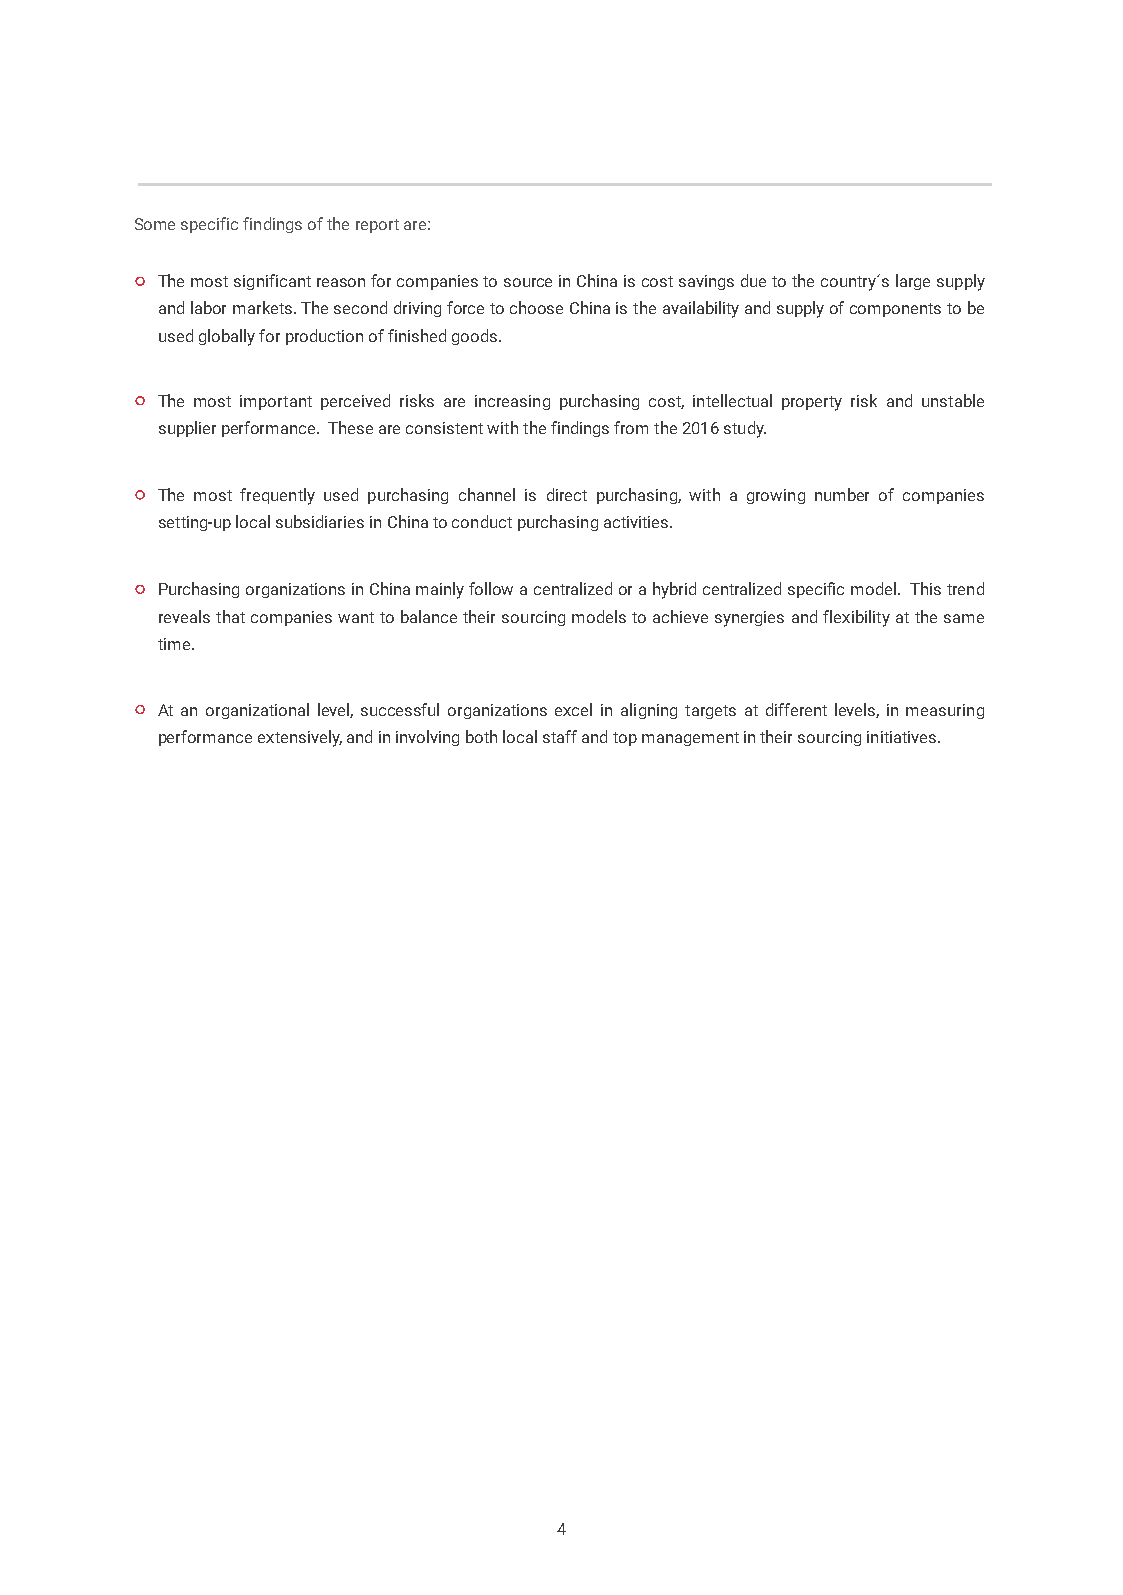
Some specific findings of the report are:
 The most significant reason for companies to source in China is cost savings due to the country´s large supply
 and labor markets. The second driving force to choose China is the availability and supply of components to be
 used globally for production of finished goods.
 The most important perceived risks are increasing purchasing cost, intellectual property risk and unstable
 supplier performance. These are consistent with the findings from the 2016 study.
 The most frequently used purchasing channel is direct purchasing, with a growing number of companies
 setting-up local subsidiaries in China to conduct purchasing activities.
 Purchasing organizations in China mainly follow a centralized or a hybrid centralized specific model. This trend
 reveals that companies want to balance their sourcing models to achieve synergies and flexibility at the same
 time.
 At an organizational level, successful organizations excel in aligning targets at different levels, in measuring
 performance extensively, and in involving both local staff and top management in their sourcing initiatives.
 4